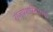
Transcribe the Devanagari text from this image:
राजप्रशस्तिपरक